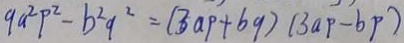
9 a ^ { 2 } p ^ { 2 } - b ^ { 2 } 9 ^ { 2 } = ( 3 a P + 6 9 ) ( 3 a p - b p )